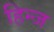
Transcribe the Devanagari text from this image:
हिन्ज